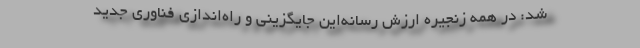
شد: در همه زنجیره ارزش رسانه‌این جایگزینی و راه‌اندازی فناوری جدید